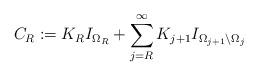
LaTeX: \begin{align*}C_R:=K_R I_{\Omega_R} + \sum_{j=R}^{\infty} K_{j+1} I_{\Omega_{j+1} \backslash{\Omega}_{j}} \end{align*}